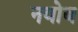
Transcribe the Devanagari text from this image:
नवोब